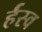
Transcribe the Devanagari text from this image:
र्हस्व